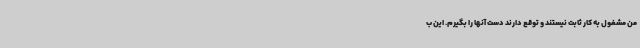
من مشغول به کار ثابت نیستند و توقع دارند دست آنها را بگیرم. این ب